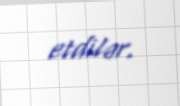
etdilər.